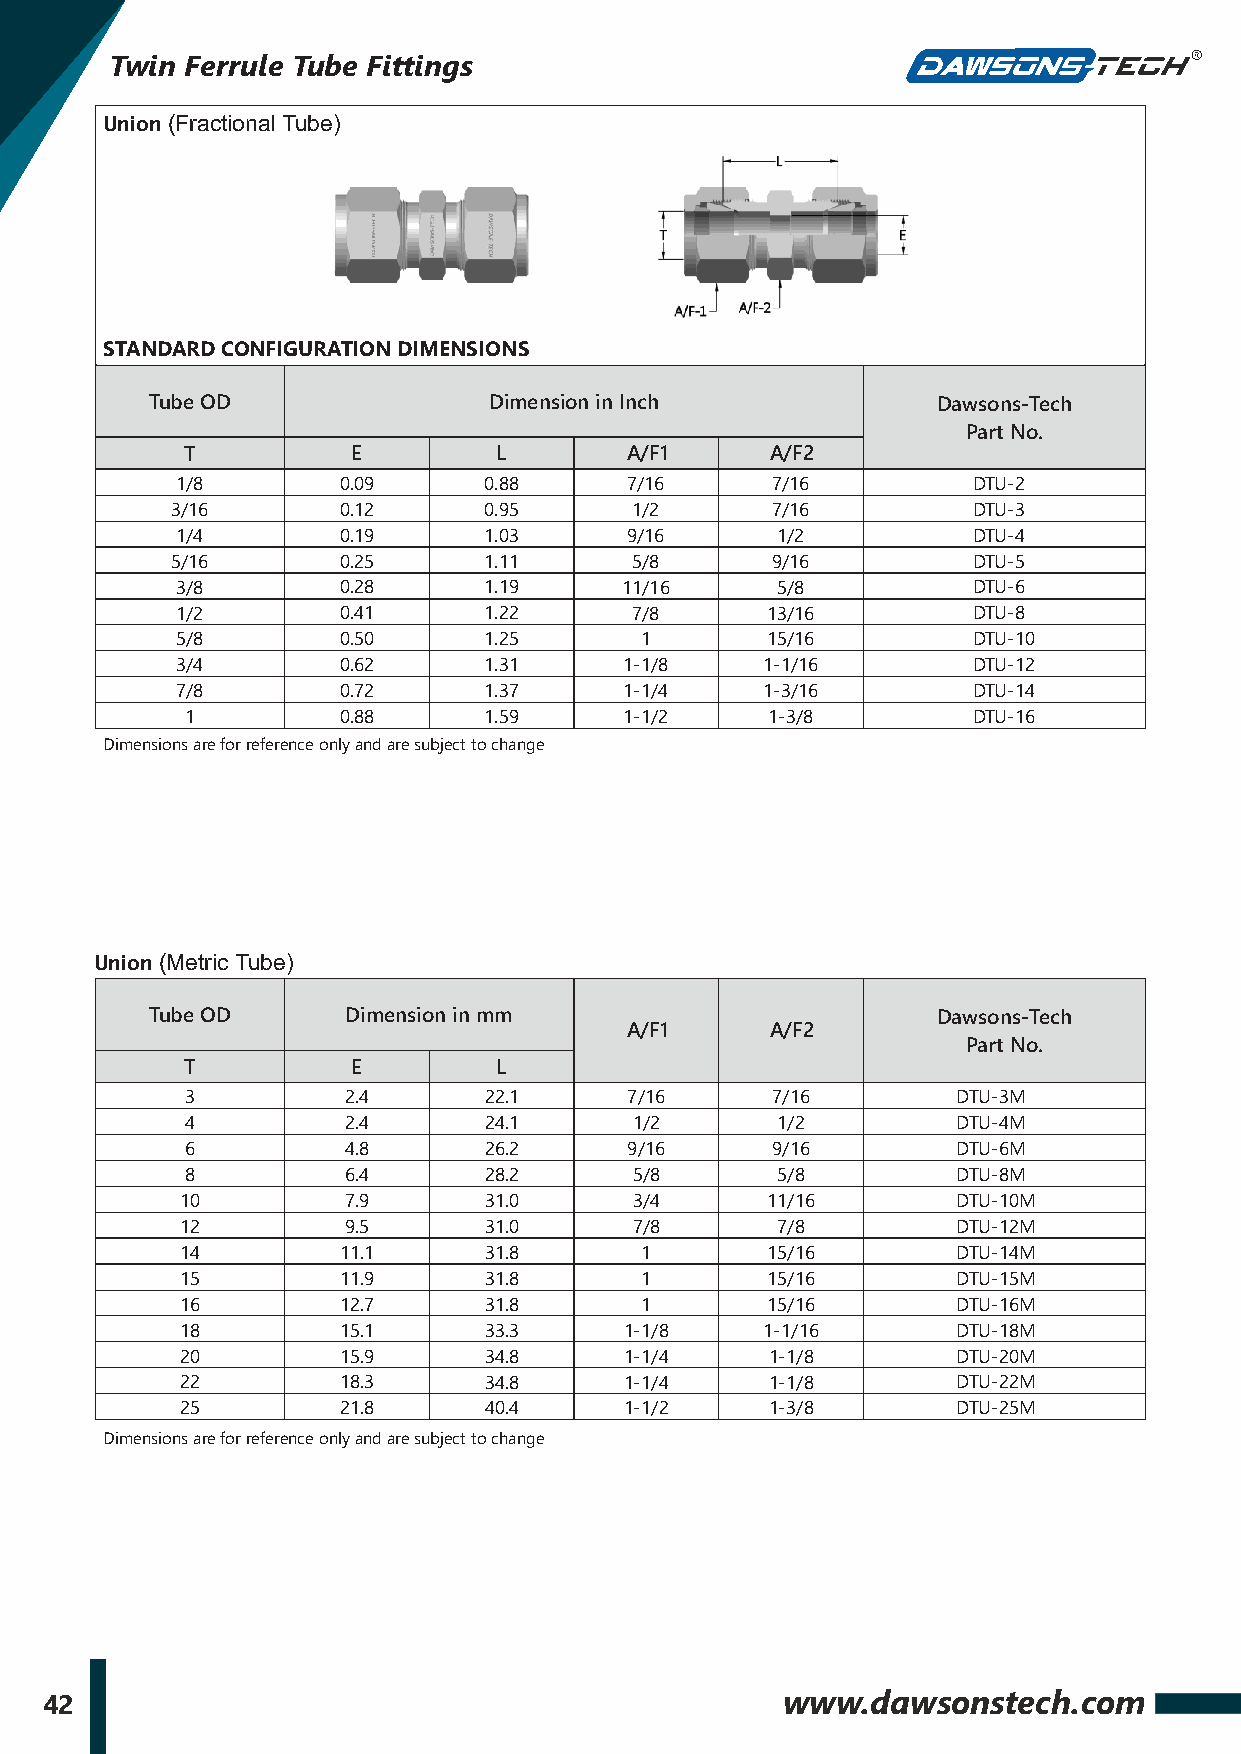
Twin Ferrule Tube Fittings
 Union (Fractional Tube)
 STANDARD CONFIGURATION DIMENSIONS
 Tube OD               Dimension in Inch             Dawsons-Tech
 Part No.
 T          E         L       A/F1      A/F2
 1/8       0.09      0.88     7/16      7/16         DTU-2
 3/16       0.12      0.95      1/2      7/16         DTU-3
 1/4       0.19      1.03     9/16      1/2          DTU-4
 5/16       0.25      1.11      5/8      9/16         DTU-5
 3/8       0.28      1.19     11/16     5/8          DTU-6
 1/2       0.41      1.22      7/8      13/16        DTU-8
 5/8       0.50      1.25      1        15/16        DTU-10
 3/4       0.62      1.31     1-1/8    1-1/16        DTU-12
 7/8       0.72      1.37     1-1/4    1-3/16        DTU-14
 1         0.88      1.59     1-1/2     1-3/8        DTU-16
 Dimensions are for reference only and are subject to change
 Union (Metric Tube)
 Tube OD      Dimension in mm                        Dawsons-Tech
 A/F1      A/F2
 Part No.
 T          E         L
 3          2.4      22.1      7/16     7/16        DTU-3M
 4          2.4      24.1      1/2      1/2         DTU-4M
 6          4.8      26.2      9/16     9/16        DTU-6M
 8          6.4      28.2      5/8      5/8         DTU-8M
 10         7.9      31.0      3/4      11/16       DTU-10M
 12         9.5      31.0      7/8      7/8         DTU-12M
 14        11.1      31.8      1        15/16       DTU-14M
 15        11.9      31.8      1        15/16       DTU-15M
 16        12.7      31.8      1        15/16       DTU-16M
 18        15.1      33.3     1-1/8     1-1/16      DTU-18M
 20        15.9      34.8     1-1/4     1-1/8       DTU-20M
 22        18.3      34.8     1-1/4     1-1/8       DTU-22M
 25        21.8      40.4     1-1/2     1-3/8       DTU-25M
 Dimensions are for reference only and are subject to change
 42                                               www.dawsonstech.com